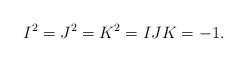
LaTeX: \begin{align*} I^2 = J^2 = K^2 = IJK = -1.\end{align*}